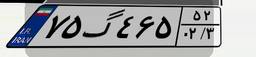
۹۱گ۸۹۳۲۳